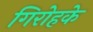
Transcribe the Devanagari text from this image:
गिरोहके